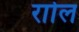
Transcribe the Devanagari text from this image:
राोल